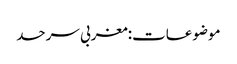
موضوعات:مغربی سرحد